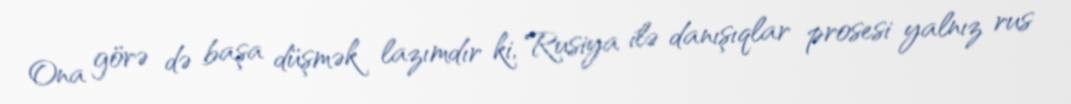
Ona görə də başa düşmək lazımdır ki, Rusiya ilə danışıqlar prosesi yalnız rus